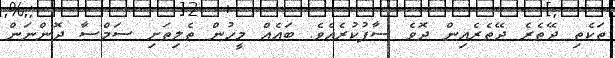
ތަކެތި ދޭތެރެ ދޭތެރެއިން ދޮވެ ސާފުކުރެއެވެ. ބައެއް މީހުން ތެލިތަށި ސަމްސާ ދޮންނަން